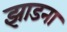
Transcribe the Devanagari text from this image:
झाडना